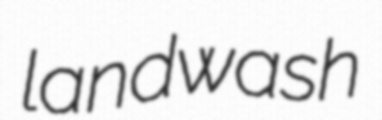
landwash